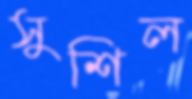
সুশিল